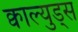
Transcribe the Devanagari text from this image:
क्वाल्युड्स